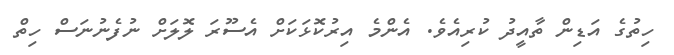
ހިތުގެ އަޑިން ތާއީދު ކުރިއެވެ. އެންމެ އިރުކޮޅަކަށް އެސޫރަ ލޮލަށް ނުފެނުނަސް ހިތް